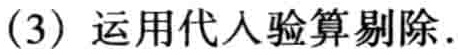
(3) 运用代入验算剔除.